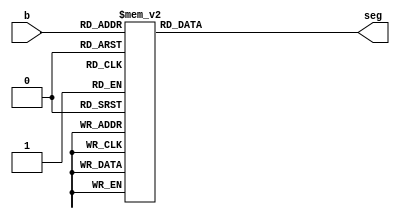
module bcd_7seg(input [3:0] b, output reg [7:0] seg);

always @(b)
begin
case (b)        
0: seg = 7'b1111_110;
1: seg = 7'b0110_000;
2: seg = 7'b1101_101;
3: seg = 7'b1111_001;
4: seg = 7'b0110_011;
5: seg = 7'b1011_011;
6: seg = 7'b1011_111;
7: seg = 7'b1110_000;
8: seg = 7'b1111_111;
9: seg = 7'b1110_011;

default: seg = 7'b0000000;
endcase
end
endmodule